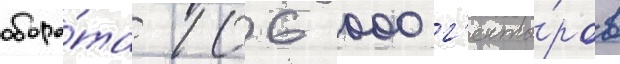
оборо́та 106 000 г'екта́ров